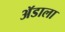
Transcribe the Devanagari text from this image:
ॲडाला